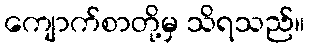
ကျောက်စာတို့မှ သိရသည်။